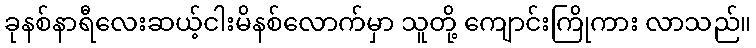
ခုနစ်နာရီလေးဆယ့်ငါးမိနစ်လောက်မှာ သူတို့ ကျောင်းကြိုကား လာသည်။